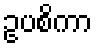
ဥပစိကာ